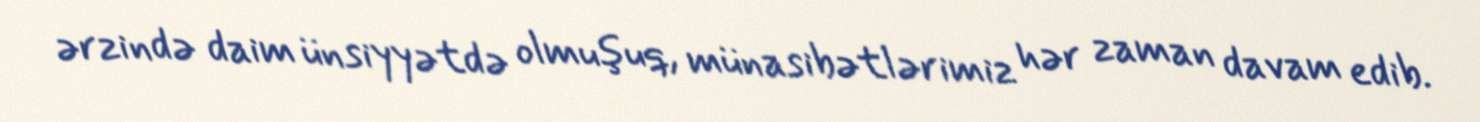
ərzində daim ünsiyyətdə olmuşuq, münasibətlərimiz hər zaman davam edib.